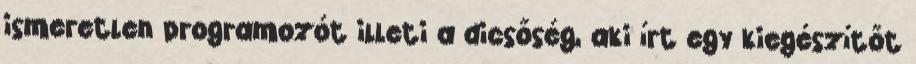
ismeretlen programozót illeti a dicsőség, aki írt egy kiegészítőt